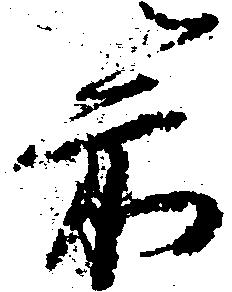
箭